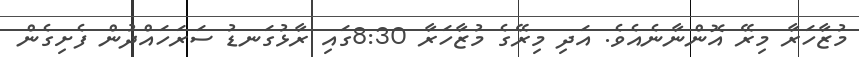
މުޒާހަރާ މިރޭ އޮންނާނެއެވެ. އަދި މިރޭގެ މުޒާހަރާ 8:30ގައި ރާޅުގަނޑު ސަރަހައްދުން ފެށިގެން